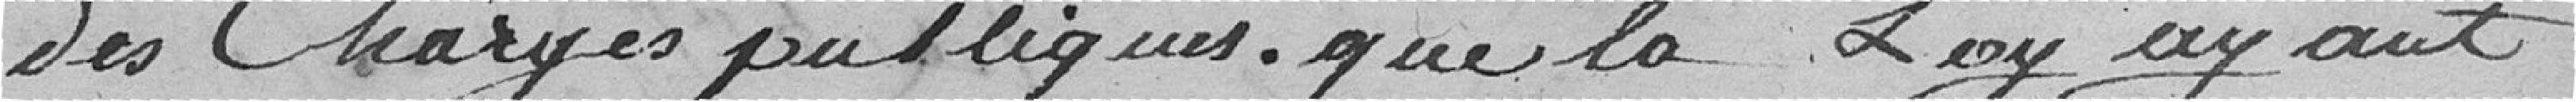
des charges publiques que la loi ayant